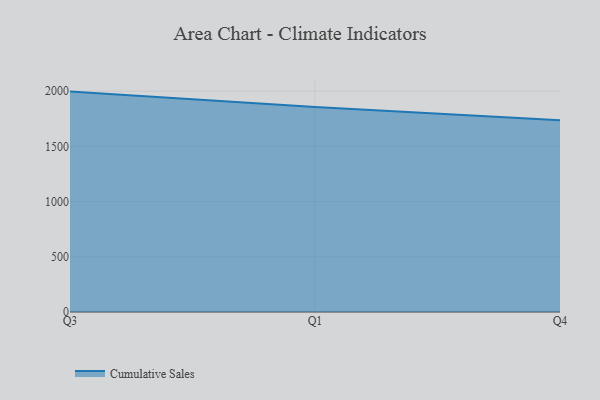
{"axis": {"x": "Quarter", "y": "Gross Profit (USD K)"}, "legend": ["Cumulative Sales"], "data": [{"x": "Q3", "y": 1995.9, "type": "Cumulative Sales"}, {"x": "Q1", "y": 1856.6, "type": "Cumulative Sales"}, {"x": "Q4", "y": 1736.6, "type": "Cumulative Sales"}]}